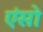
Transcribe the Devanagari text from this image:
एंसो